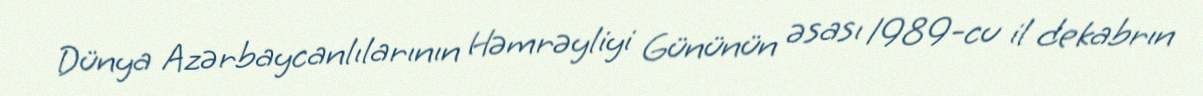
Dünya Azərbaycanlılarının Həmrəyliyi Gününün əsası 1989-cu il dekabrın